Annual returns of the Patna Lunatic Asylum at Bankipore in Bihar and Orissa - 1912-1924
Year: 1912
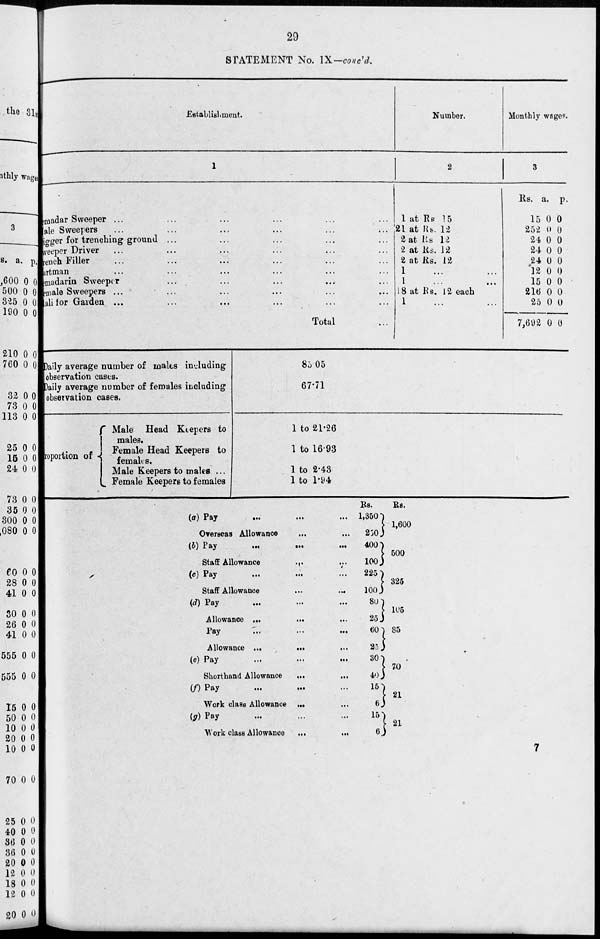
29
STATEMENT No. IX—concld.
Establishment.
1
Jemadar Sweeper
...
...
...
...
...
...
Male Sweepers ... ... ... ... ... ...
Digger for trenching ground ... ... ... ... ...
Sweeper Driver ... ... ... ... ... ...
Trench Filler ... ... ... ... ... ...
Cartman ... ... ... ... ... ...
Jemadarin Sweeper
...
...
...
...
...
Female Sweepers ... ... ... ... ... ...
Mal i for Garden ... ... ... ... ... ...
Total ...
Daily average number of males including
observation cases.
Daily average number of females including
observation cases.
Proportion of
Male Head Keepers to
males.
Female Head Keepers to
females.
Male Keepers to males ...
Female Keepers to females
85.05
67.71
1 to 21.26
1 to 16.93
1 to 2.43
1 to 1.94
Number.
2
1 at Rs 15
21 at Rs. 12
2 at Rs 12
2 at Rs. 12
2 at Rs. 12
1 ... ...
1 ... ...
18 at Rs. 12 each
1 ... ...
Monthly wages.
3
Rs.
15
252
24
24
24
12
15
216
25
7,692
a.
0
0
0
0
0
0
0
0
0
0
p.
0
0
0
0
0
0
0
0
0
0
(a) Pay ... ... ...
Overseas Allowance ... ...
(b) Pay
...
... ...
Staff Allowance ... ...
(c) Pay
...
... ...
Staff Allowance
...
...
(d) Pay
... ... ...
Allowance ...
... ...
Pay
...
...
...
Allowance
...
...
...
(e) Pay
...
...
...
Shorthand Allowance
... ...
(f) Pay
...
...
...
Work class Allowance ... ...
(g) Pay ... ... ...
Work class Allowance ...
...
Rs.
1,350
250
400
100
225
100
80
25
60
25
30
40
15
6
15
6
Rs.
1,600
500
325
105
85
70
21
21
7